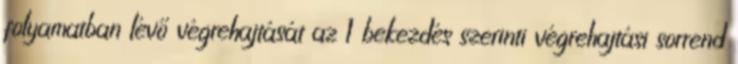
folyamatban lévő végrehajtását az 1 bekezdés szerinti végrehajtási sorrend